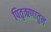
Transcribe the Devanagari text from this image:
पितृऋणातुन